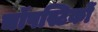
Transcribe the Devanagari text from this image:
चॉपस्टिकों